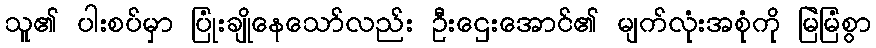
သူ၏ ပါးစပ်မှာ ပြုံးချိုနေသော်လည်း ဦးဌေးအောင်၏ မျက်လုံးအစုံကို မြဲမြံစွာ